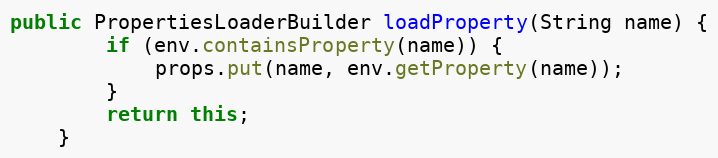
Language: Java
public PropertiesLoaderBuilder loadProperty(String name) {
        if (env.containsProperty(name)) {
            props.put(name, env.getProperty(name));
        }
        return this;
    }